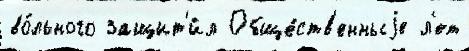
во́льного защит'и́л Обще́ств'енныjе л'ет